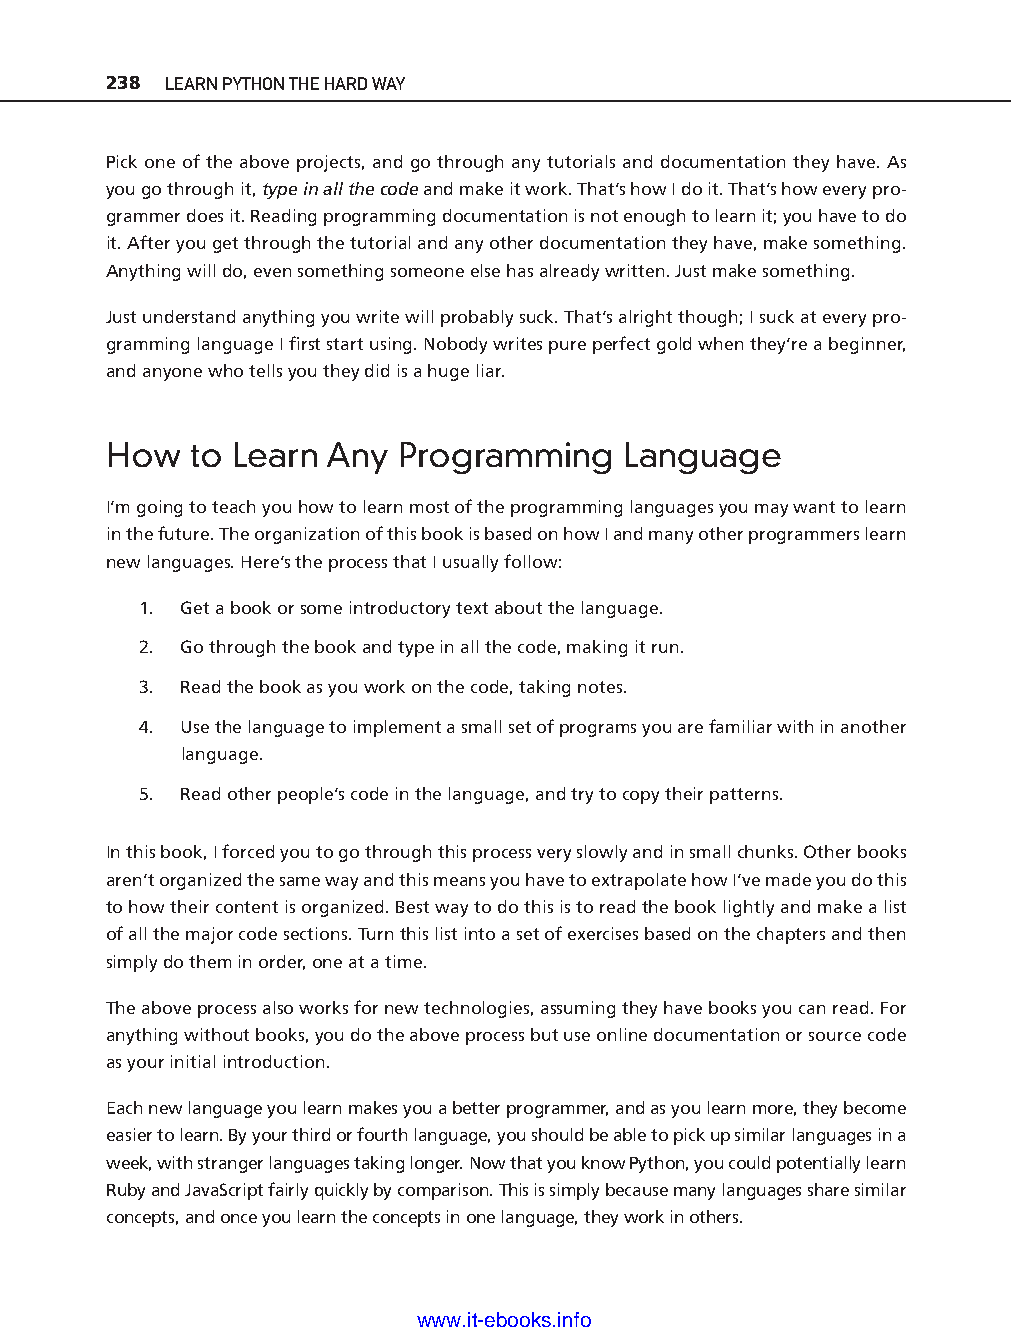
238 LEARN PYTHON THE HARD WAY
 Pick one of the above projects, and go through any tutorials and documentation they have. As
 you go through it, type in all the code and make it work. That’s how I do it. That’s how every pro-
 grammer does it. Reading programming documentation is not enough to learn it; you have to do
 it. After you get through the tutorial and any other documentation they have, make something.
 Anything will do, even something someone else has already written. Just make something.
 Just understand anything you write will probably suck. That’s alright though; I suck at every pro-
 gramming language I fi rst start using. Nobody writes pure perfect gold when they’re a beginner,
 and anyone who tells you they did is a huge liar.
 How   to Learn Any Programming    Language
 I’m going to teach you how to learn most of the programming languages you may want to learn
 in the future. The organization of this book is based on how I and many other programmers learn
 new languages. Here’s the process that I usually follow:
 1. Get a book or some introductory text about the language.
 2. Go through the book and type in all the code, making it run.
 ptg11539604
 3. Read the book as you work on the code, taking notes.
 4. Use the language to implement a small set of programs you are familiar with in another
 language.
 5. Read other people’s code in the language, and try to copy their patterns.
 In this book, I forced you to go through this process very slowly and in small chunks. Other books
 aren’t organized the same way and this means you have to extrapolate how I’ve made you do this
 to how their content is organized. Best way to do this is to read the book lightly and make a list
 of all the major code sections. Turn this list into a set of exercises based on the chapters and then
 simply do them in order, one at a time.
 The above process also works for new technologies, assuming they have books you can read. For
 anything without books, you do the above process but use online documentation or source code
 as your initial introduction.
 Each new language you learn makes you a better programmer, and as you learn more, they become
 easier to learn. By your third or fourth language, you should be able to pick up similar languages in a
 week, with stranger languages taking longer. Now that you know Python, you could potentially learn
 Ruby and JavaScript fairly quickly by comparison. This is simply because many languages share similar
 concepts, and once you learn the concepts in one language, they work in others.
 www.it-ebooks.info